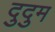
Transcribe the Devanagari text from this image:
दुदुम